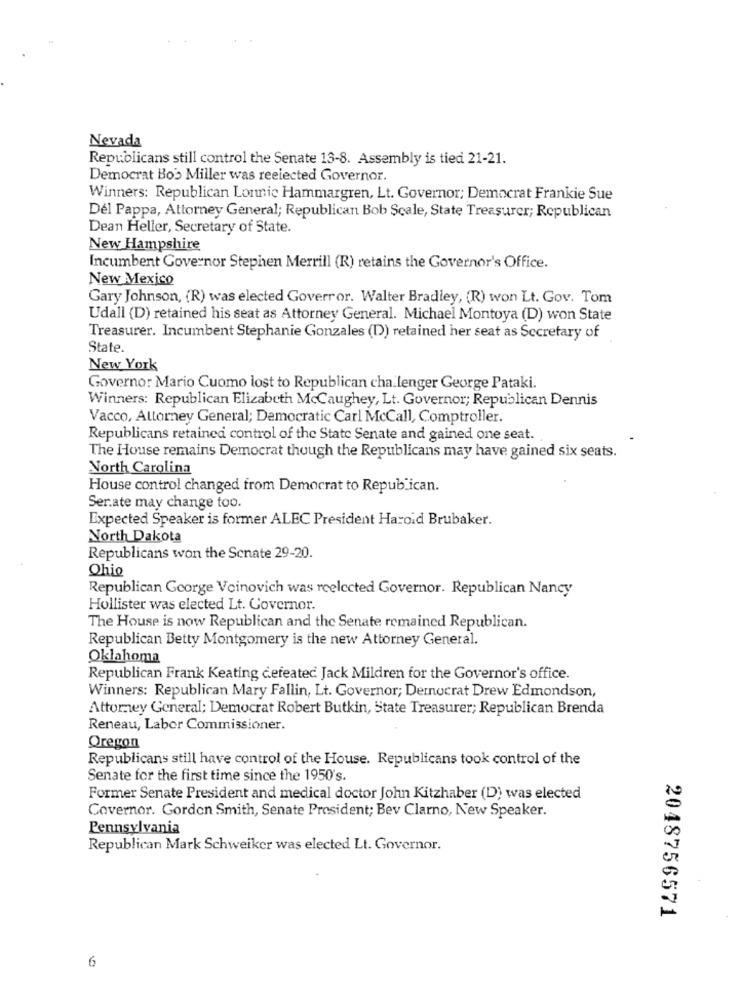
Nevada
Republicans still control the Senate 13-8. Assembly is tied 21-21.
Democrat Bo's Miller was reelected Governor.
Winners: Republican Lonnie Hammargren, Lt. Governor; Democrat Frankie Sue
Del Pappa, Attorney General; Republican Bob Scale, State Treasurer; Republican
Dean Heller, Secretary of State.
New Hampshire
Incumbent Governor Stephen Merrill (R) retains the Governor's Office.
New Mexico
Gary Johnson, (R) was elected Goverror. Walter Bradley, (R) won Lt. Gov. Tom
Udall (D) retained his seat as Attorney General. Michael Montoya (D) won State
Treasurer. Incumbent Stephanie Gonzales (D)) retained her seat as Secretary of
State.
New York
Governor Mario Cuomo lost to Republican cha lenger George Pataki.
Winners: Republican Elizabeth McCaughey, Lt. Governor; Republican Dennis
Vacco, Attorney General; Democratic Carl McCall, Comptroller.
Republicans retained control of the State Senate and gained one seat.
The House remains Democrat though the Republicans may have gained six seats.
North Carolina
House control changed from Democrat to Repub ican.
Ser.ate may change too.
Expected Speaker is former ALEC President Haroid Brubaker.
North Dakota
Republicans won the Senate 29-20.
Ohio
Republican George Voinovich was reelected Governor. Republican Nancy
Hollister was elected Lt. Governor.
The House is now Republican and the Senate remained Republican.
Republican Betty Montgomery is the new Attorney General.
Oklahoma
Republican Frank Keating defeated Jack Mildren for the Governor's office.
Winners: Republican Mary Fallin, Lt. Governor; Democrat Drew Edmondson,
Attorney General; Democrat Robert Butkin, State Treasurer; Republican Brenda
Reneau, Labor Commissioner.
Oregon
Republicans still have control of the House. Republicans took control of the
Senate for the first time since the 1950's.
Former Senate President and medical doctor John Kitzhaber (D) was elected
Governor. Gordon Smith, Senate President; Bev Clarno, New Speaker.
Pennsylvania
Republican Mark Schweiker was elected Lt. Governor.
2048756571
6